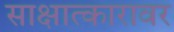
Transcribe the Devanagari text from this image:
साक्षात्कारावर